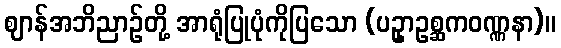
ဈာန်အဘိညာဉ်တို့ အာရုံပြုပုံကိုပြသော (ပဥှာဥစ္ဆကဝဏ္ဏနာ)။